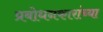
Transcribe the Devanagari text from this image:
प्रबोधनकारांच्या